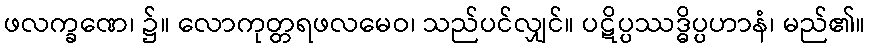
ဖလက္ခဏေ၊ ၌။ လောကုတ္တရဖလမေဝ၊ သည်ပင်လျှင်။ ပဋိပ္ပဿဒ္ဓိပ္ပဟာနံ၊ မည်၏။